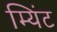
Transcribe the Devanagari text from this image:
म्यिंट